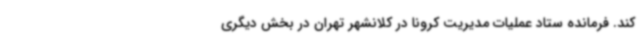
کند. فرمانده ستاد عملیات مدیریت کرونا در کلانشهر تهران در بخش دیگری